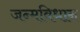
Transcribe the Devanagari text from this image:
जन्मविधान